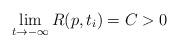
LaTeX: \begin{align*}\lim_{t\rightarrow-\infty}R(p,t_i)=C>0\end{align*}